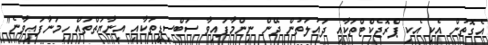
އެގޮތުން އެކި އެކި ޕްރޮޖެކްޓްތަކާއި ދައުލަތުން ދޭން ނިންމާފައިވާ ސަބްސިޑީތަކާއި އިނާޔަތްތައް ހިމަނާފައިވާނެ"